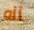
آآه